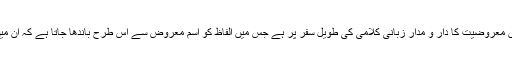
در حقیقت الفاظ میں معروضیت کا دار و مدار زبانی کلامی کی طویل سفر پر ہے جس میں الفاظ کو اسمِ معروض سے اس طرح باندھا جاتا ہے کہ ان میں الجھاؤ نہ پیدا ہو۔